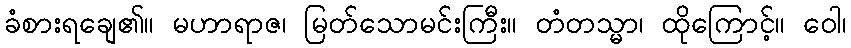
ခံစားရချေ၏။ မဟာရာဇ၊ မြတ်သောမင်းကြီး။ တံတသ္မာ၊ ထိုကြောင့်။ ဝေါ၊